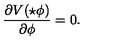
\frac { \partial V ( \star \phi ) } { \partial \phi } = 0 .